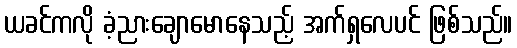
ယခင်ကလို ခံ့ညားချောမောနေသည့် အက်ရှလေပင် ဖြစ်သည်။